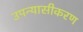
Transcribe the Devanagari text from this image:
उपन्‍यासीकरण